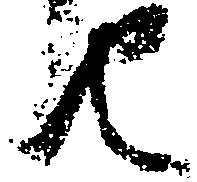
由